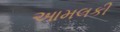
આમલકી